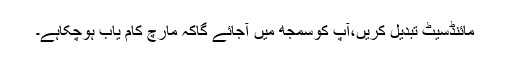
مائنڈسیٹ تبدیل کریں،آپ کوسمجھ میں آجائے گاکہ مارچ کام یاب ہوچکاہے۔